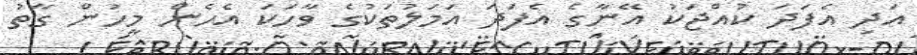
އަދި އެފަދަ ކުއްޖަކު އޭނާގެ އެފަދަ އަމަލުތަކުގެ ވާހަކަ އެހެން މީހުން ގާތު